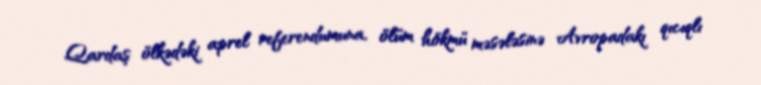
Qardaş ölkədəki aprel referendumuna, ölüm hökmü məsələsinə Avropadakı qıcıqlı